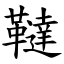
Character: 韃